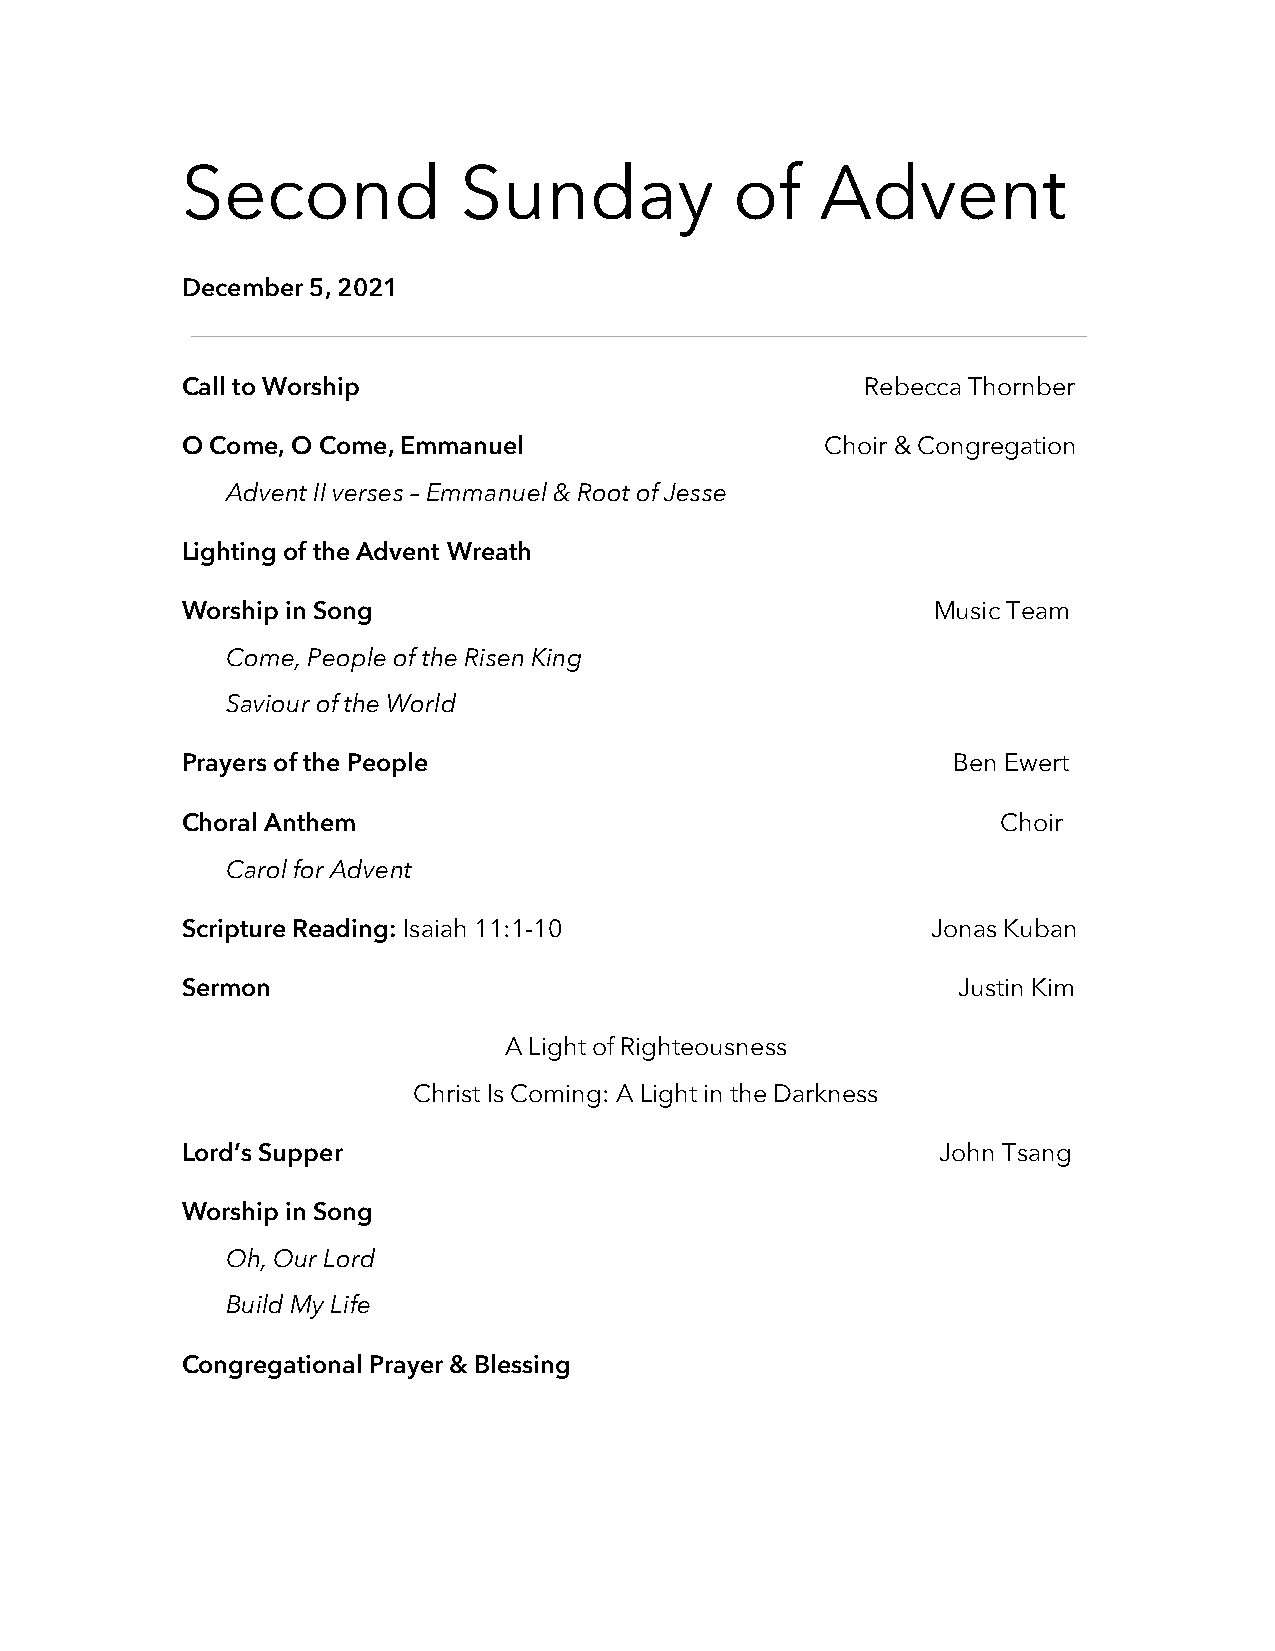
Second            Sunday             of   Advent
 December 5, 2021
 Call to Worship                              Rebecca Thornber
 O Come, O Come, Emmanuel                   Choir & Congregation
 Advent II verses – Emmanuel & Root of Jesse
 Lighting of the Advent Wreath
 Worship in Song                                   Music Team
 Come, People of the Risen King
 Saviour of the World
 Prayers of the People                              Ben Ewert
 Choral Anthem                                         Choir
 Carol for Advent
 Scripture Reading: Isaiah 11:1-10                 Jonas Kuban
 Sermon                                             Justin Kim
 A Light of Righteousness
 Christ Is Coming: A Light in the Darkness
 Lord’s Supper                                     John Tsang
 Worship in Song
 Oh, Our Lord
 Build My Life
 Congregational Prayer & Blessing